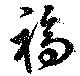
福